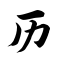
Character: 历